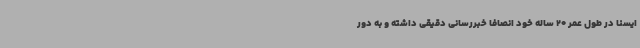
ایسنا در طول عمر 20 ساله خود انصافا خبررسانی دقیقی داشته و به دور